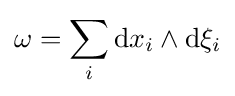
\omega =\sum _{i}\mathrm {d} x_{i}\wedge \mathrm {d} \xi _{i}